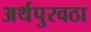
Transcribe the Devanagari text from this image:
अर्थपुरवठा